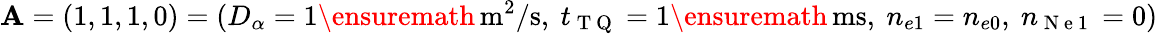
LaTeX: \mathbf{A}=(1,1,1,0)=(D_{\alpha}=1\ensuremath{\, \mathrm{m^{2}/s}},~t_{\mathrm{~T~Q~}}=1\ensuremath{\, \mathrm{ms}},~n_{e1}=n_{e0},~n_{\mathrm{~N~e~1~}}=0)